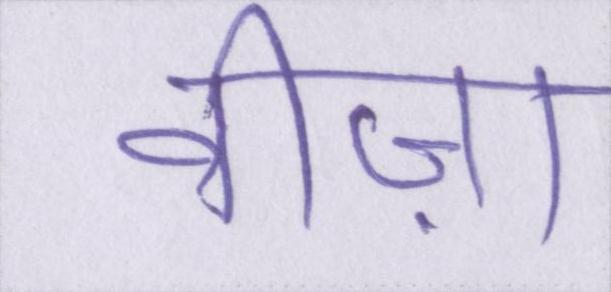
वीज़ा